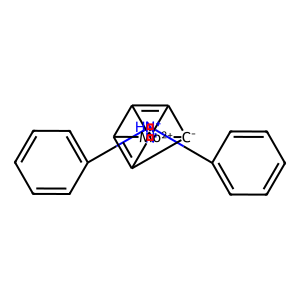
SMILES: c1ccc([N+]2=N[NH+](c3ccccc3)[Mo+2]23456C2=C3[C-]4C5=C26)cc1
Inhibits HIV replication: No